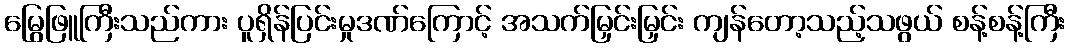
မြွေဖြူကြီးသည်ကား ပူရှိန်ပြင်းမှုဒဏ်ကြောင့် အသက်မြှင်းမြှင်း ကျန်တော့သည့်သဖွယ် စန့်စန့်ကြီး